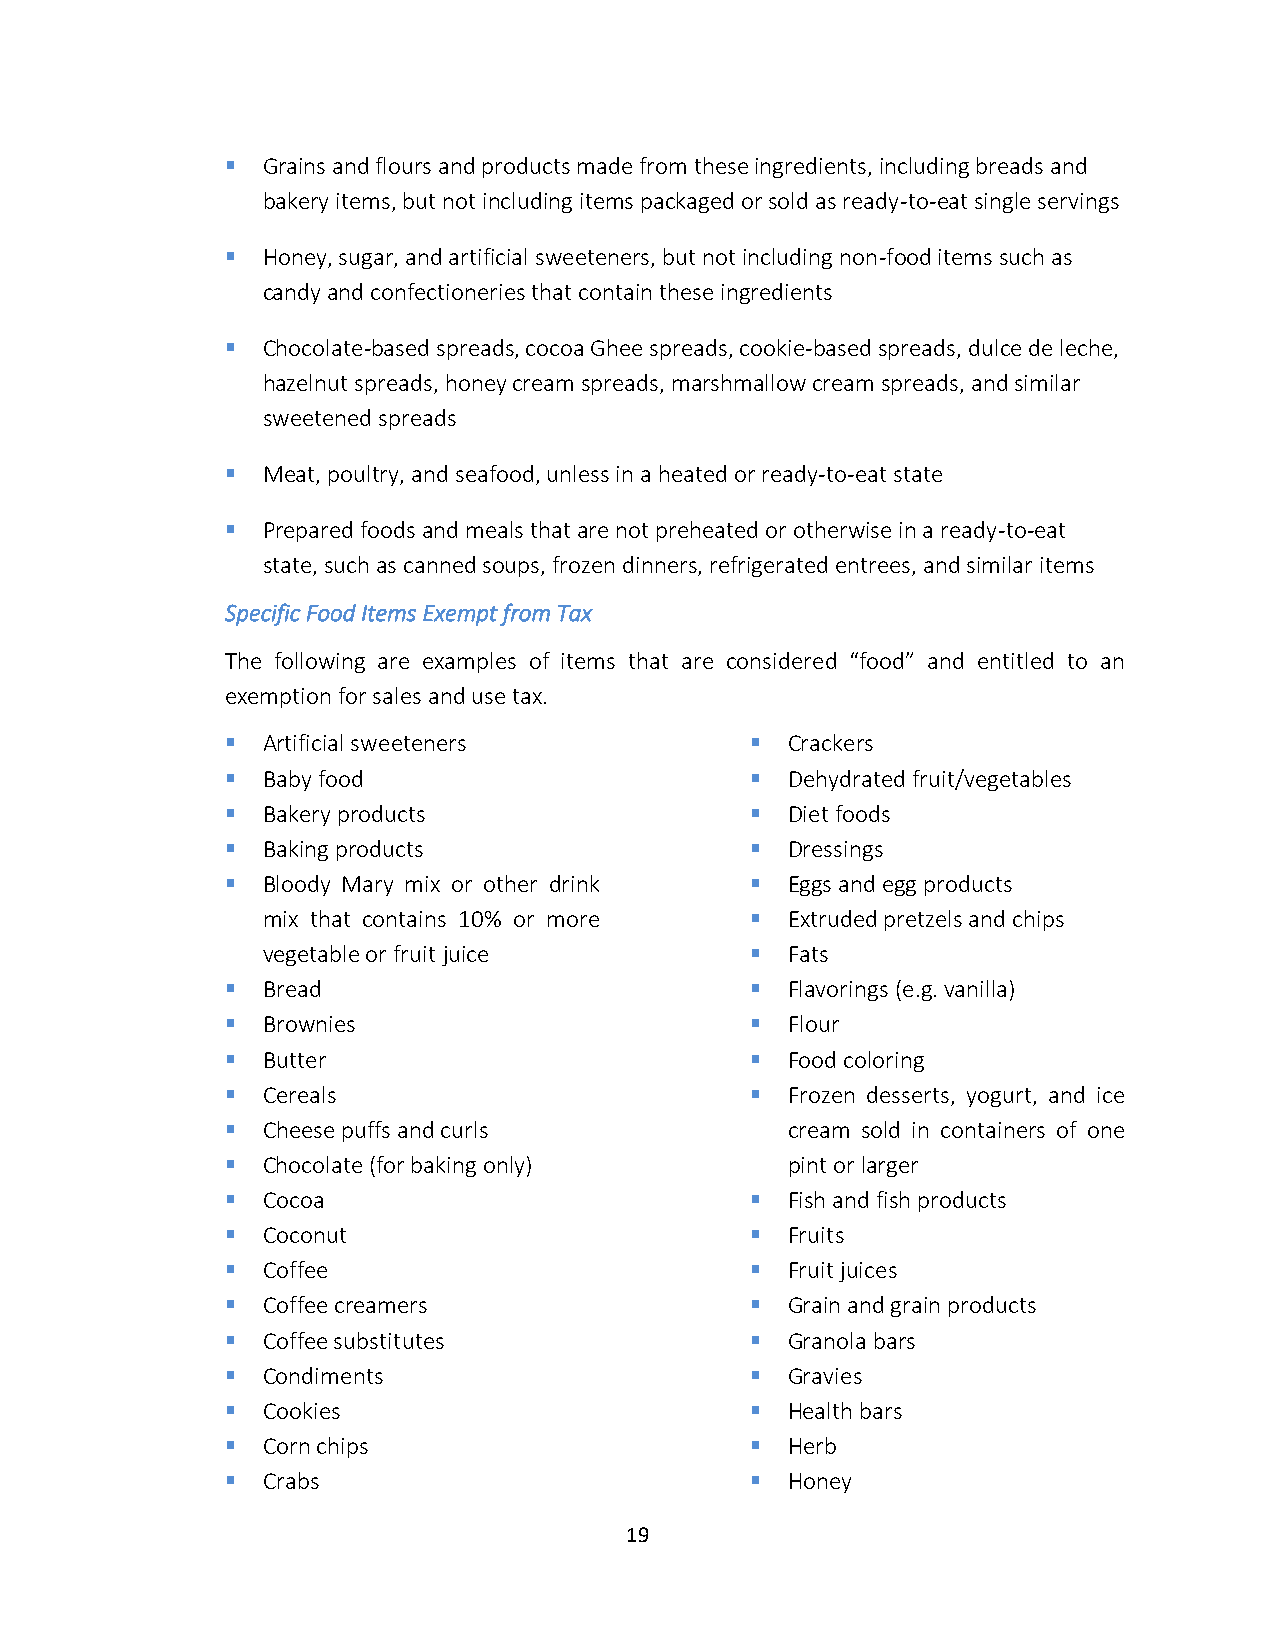
▪ Grains and flours and products made from these ingredients, including breads and
 bakery items, but not including items packaged or sold as ready-to-eat single servings
 ▪ Honey, sugar, and artificial sweeteners, but not including non-food items such as
 candy and confectioneries that contain these ingredients
 ▪ Chocolate-based spreads, cocoa Ghee spreads, cookie-based spreads, dulce de leche,
 hazelnut spreads, honey cream spreads, marshmallow cream spreads, and similar
 sweetened spreads
 ▪ Meat, poultry, and seafood, unless in a heated or ready-to-eat state
 ▪ Prepared foods and meals that are not preheated or otherwise in a ready-to-eat
 state, such as canned soups, frozen dinners, refrigerated entrees, and similar items
 Specific Food Items Exempt from Tax
 The following are examples of items that are considered “food” and entitled to an
 exemption for sales and use tax.
 ▪ Artificial sweeteners            ▪ Crackers
 ▪ Baby food                        ▪ Dehydrated fruit/vegetables
 ▪ Bakery products                  ▪ Diet foods
 ▪ Baking products                  ▪ Dressings
 ▪ Bloody Mary mix or other drink   ▪ Eggs and egg products
 mix that contains 10% or more    ▪ Extruded pretzels and chips
 vegetable or fruit juice         ▪ Fats
 ▪ Bread                            ▪ Flavorings (e.g. vanilla)
 ▪ Brownies                         ▪ Flour
 ▪ Butter                           ▪ Food coloring
 ▪ Cereals                          ▪ Frozen desserts, yogurt, and ice
 ▪ Cheese puffs and curls             cream sold in containers of one
 ▪ Chocolate (for baking only)        pint or larger
 ▪ Cocoa                            ▪ Fish and fish products
 ▪ Coconut                          ▪ Fruits
 ▪ Coffee                           ▪ Fruit juices
 ▪ Coffee creamers                  ▪ Grain and grain products
 ▪ Coffee substitutes               ▪ Granola bars
 ▪ Condiments                       ▪ Gravies
 ▪ Cookies                          ▪ Health bars
 ▪ Corn chips                       ▪ Herb
 ▪ Crabs                            ▪ Honey
 19